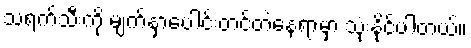
သရက်သီးကို မျက်နှာပေါင်းတင်တဲ့နေရာမှာ သုံးနိုင်ပါတယ်။